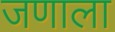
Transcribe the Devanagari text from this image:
जणाला